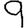
Digit: 9